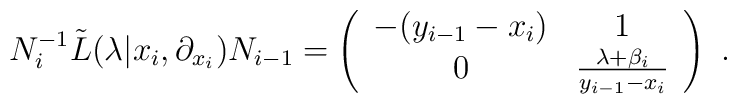
N_i^{-1}{\tilde L}(\lambda|x_i,\partial_{x_i}) N_{i-1}=\left(\begin{array}{cc}          -(y_{i-1}-x_i)      & 1  \\          0  & \frac{\lambda +\beta_i}{y_{i-1}-x_i}         \end{array}\right ) ~.